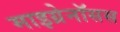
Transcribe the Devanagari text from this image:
माइग्रेनॉसस